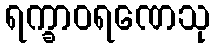
ရက္ခာဝရဏေသု